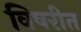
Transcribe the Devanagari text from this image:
विषरीत